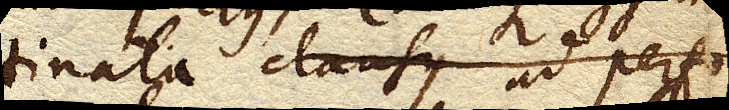
nata clausus.